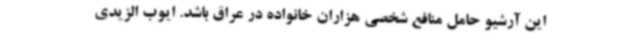
این آرشیو حامل منافع شخصی هزاران خانواده در عراق باشد. ایوب الزیدی